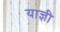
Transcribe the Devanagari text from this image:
याज्ञी